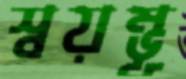
স্বয়ম্ভূ